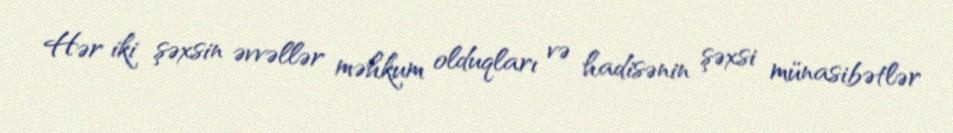
Hər iki şəxsin əvvəllər məhkum olduqları və hadisənin şəxsi münasibətlər